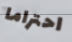
احتراما